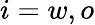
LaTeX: i=w,o